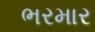
ભરમાર